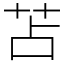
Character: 苫